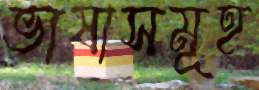
ভাষাসমূহ